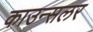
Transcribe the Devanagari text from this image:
काउन्सलर